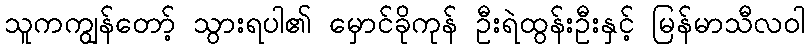
သူကကျွန်တော့် သွားရပါ၏ မှောင်ခိုကုန် ဦးရဲထွန်းဦးနှင့် မြန်မာသီလဝါ